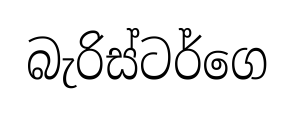
බැරිස්ටර්ගෙ